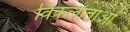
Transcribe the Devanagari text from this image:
विकलाताओं